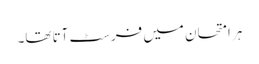
ہر امتحان میں فرسٹ آتا تھا۔